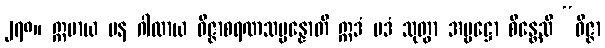
၂၇၈။ ဣမာယ ပန ဂါထာယ ဝိဇ္ဇာစရဏသမ္ပန္နောတိ ဣဒံ ပဒံ သုတွာ အမ္ဗဋ္ဌော စိန္တေသိ “ဝိဇ္ဇာ